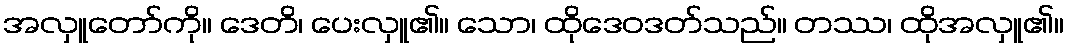
အလှူတော်ကို။ ဒေတိ၊ ပေးလှူ၏။ သော၊ ထိုဒေဝဒတ်သည်။ တဿ၊ ထိုအလှူ၏။